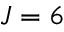
J = 6